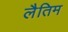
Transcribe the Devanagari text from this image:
लैतिम